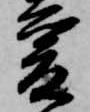
爰